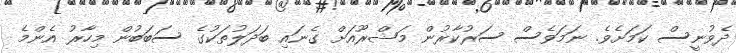
ދެވުނީސް ކަމަށެވެ. ނަމަވެސް ސަރުކާރުން މަޝްރޫއަށް ގެނައި ބަދަލުތަކުގެ ސަބަބުން މިހާރު އެންމެ